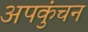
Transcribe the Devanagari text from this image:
अपकुंचन